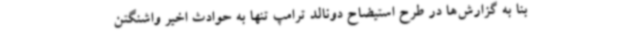
بنا به گزارش‌ها در طرح استیضاح دونالد ترامپ تنها به حوادث اخیر واشنگتن